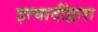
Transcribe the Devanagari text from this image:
इत्यादींद्वारा